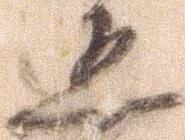
五